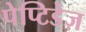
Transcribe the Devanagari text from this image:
पेप्टिडेज़